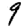
Digit: 9